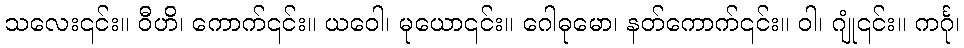
သလေး၎င်း။ ဝီဟိ၊ ကောက်၎င်း။ ယဝေါ၊ မုယော၎င်း။ ဂေါဓုမော၊ နတ်ကောက်၎င်း။ ဝါ၊ ဂျုံ၎င်း။ ကင်္ဂု၊